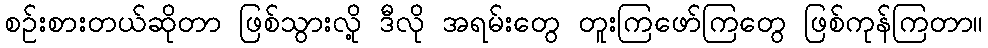
စဉ်းစားတယ်ဆိုတာ ဖြစ်သွားလို့ ဒီလို အရမ်းတွေ တူးကြဖော်ကြတွေ ဖြစ်ကုန်ကြတာ။